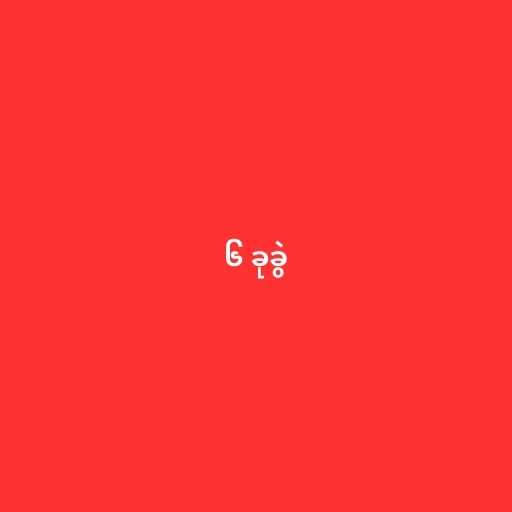
၆ ခုခွဲ